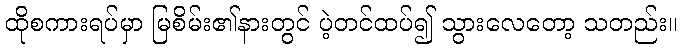
ထိုစကားရပ်မှာ မြစိမ်း၏နားတွင် ပဲ့တင်ထပ်၍ သွားလေတော့ သတည်း။